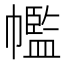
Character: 𢅡